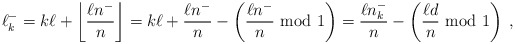
\begin{align*}\ell_k^- = k \ell + \left\lfloor \frac{\ell n^-}{n} \right\rfloor =k \ell + \frac{\ell n^-}{n} - \left( \frac{\ell n^-}{n} {\rm ~mod~} 1 \right) =\frac{\ell n_k^-}{n} - \left( \frac{\ell d}{n} {\rm ~mod~} 1 \right) \;,\end{align*}